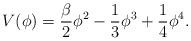
LaTeX: \begin{align*}V(\phi)=\frac{\beta}{2} \phi^2 - \frac{1}{3} \phi^3 + \frac{1}{4}\phi^4.\end{align*}